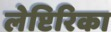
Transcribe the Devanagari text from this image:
लेप्टिरिका